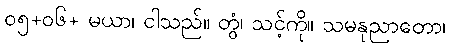
၀၅+၀၆+ မယာ၊ ငါသည်။ တွံ၊ သင့်ကို။ သမနုညာတော၊